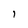
Character: 1